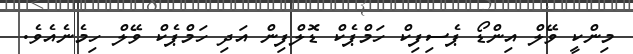
މިންކީ ވޭލް އިންޑޯ ޕެސިފިކް ހަމްޕެކް ޑޮލްފިން އަދި ހަމްޕެކް ވޭލް ހިމެނެއެވެ.